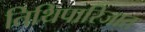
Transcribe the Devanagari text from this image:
तिथिपारिजात